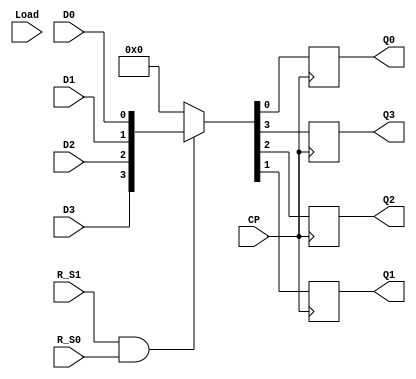
`timescale 1ns / 1ps
//////////////////////////////////////////////////////////////////////////////////
// Company: 
// Engineer: 
// 
// Design Name: 
// Module Name: 74LS194_Register555
// Project Name: 
// Target Devices: 
// Tool Versions: 
// Description: 
// 
// Dependencies: 
// 
// Revision:
// Revision 0.01 - File Created
// Additional Comments:
// 
//////////////////////////////////////////////////////////////////////////////////


module _74LS194_Register(
    input CP,
    input R_S1,
    input R_S0,
    input Load,
    input D3,
    input D2,
    input D1,
    input D0,
    output Q3,
    output Q2,
    output Q1,
    output Q0
    );
    reg _Q3;
    reg _Q2;
    reg _Q1;
    reg _Q0;
    initial begin
        {_Q3,_Q2,_Q1,_Q0} = 0;
    end
    always @(posedge CP) begin
        if(R_S1 & R_S0)
            {_Q3,_Q2,_Q1,_Q0} <= {D3,D2,D1,D0};
        else
            {_Q3,_Q2,_Q1,_Q0} <= 0;
    end
    assign {Q3,Q2,Q1,Q0} = {_Q3,_Q2,_Q1,_Q0};
endmodule